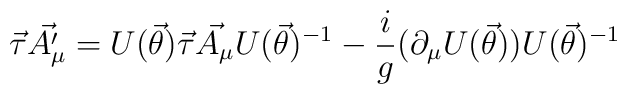
\vec{\tau}\vec{A'_\mu}=U(\vec{\theta})\vec{\tau}\vec{A_\mu}U(\vec{\theta})^{-1}-\frac{i}{g}(\partial_\mu U(\vec{\theta}))U(\vec{\theta})^{-1}